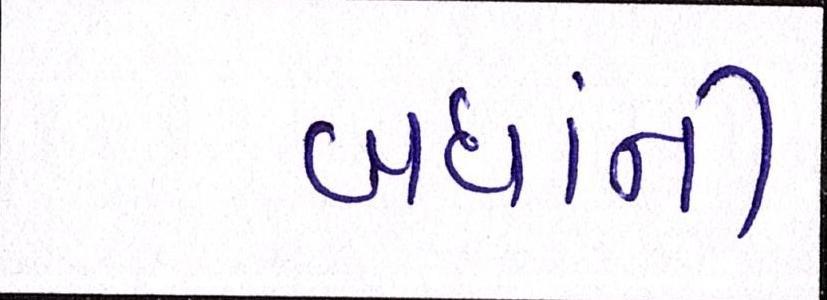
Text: બધાંની